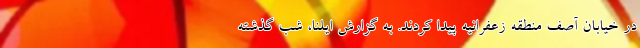
در خیابان آصف منطقه زعفرانیه پیدا کردند. به گزارش ایلنا، شب گذشته